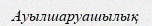
Ауылшаруашылық